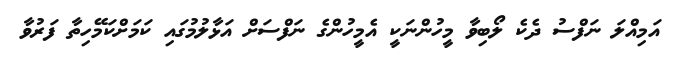
އަމިއްލަ ނަފްސު ދެކެ ލޯބިވާ މީހުންނަކީ އެމީހުންގެ ނަފްސަށް އަޅާލުމުގައި ކަމަށްކަމޭހިތާ ފަރުވާ